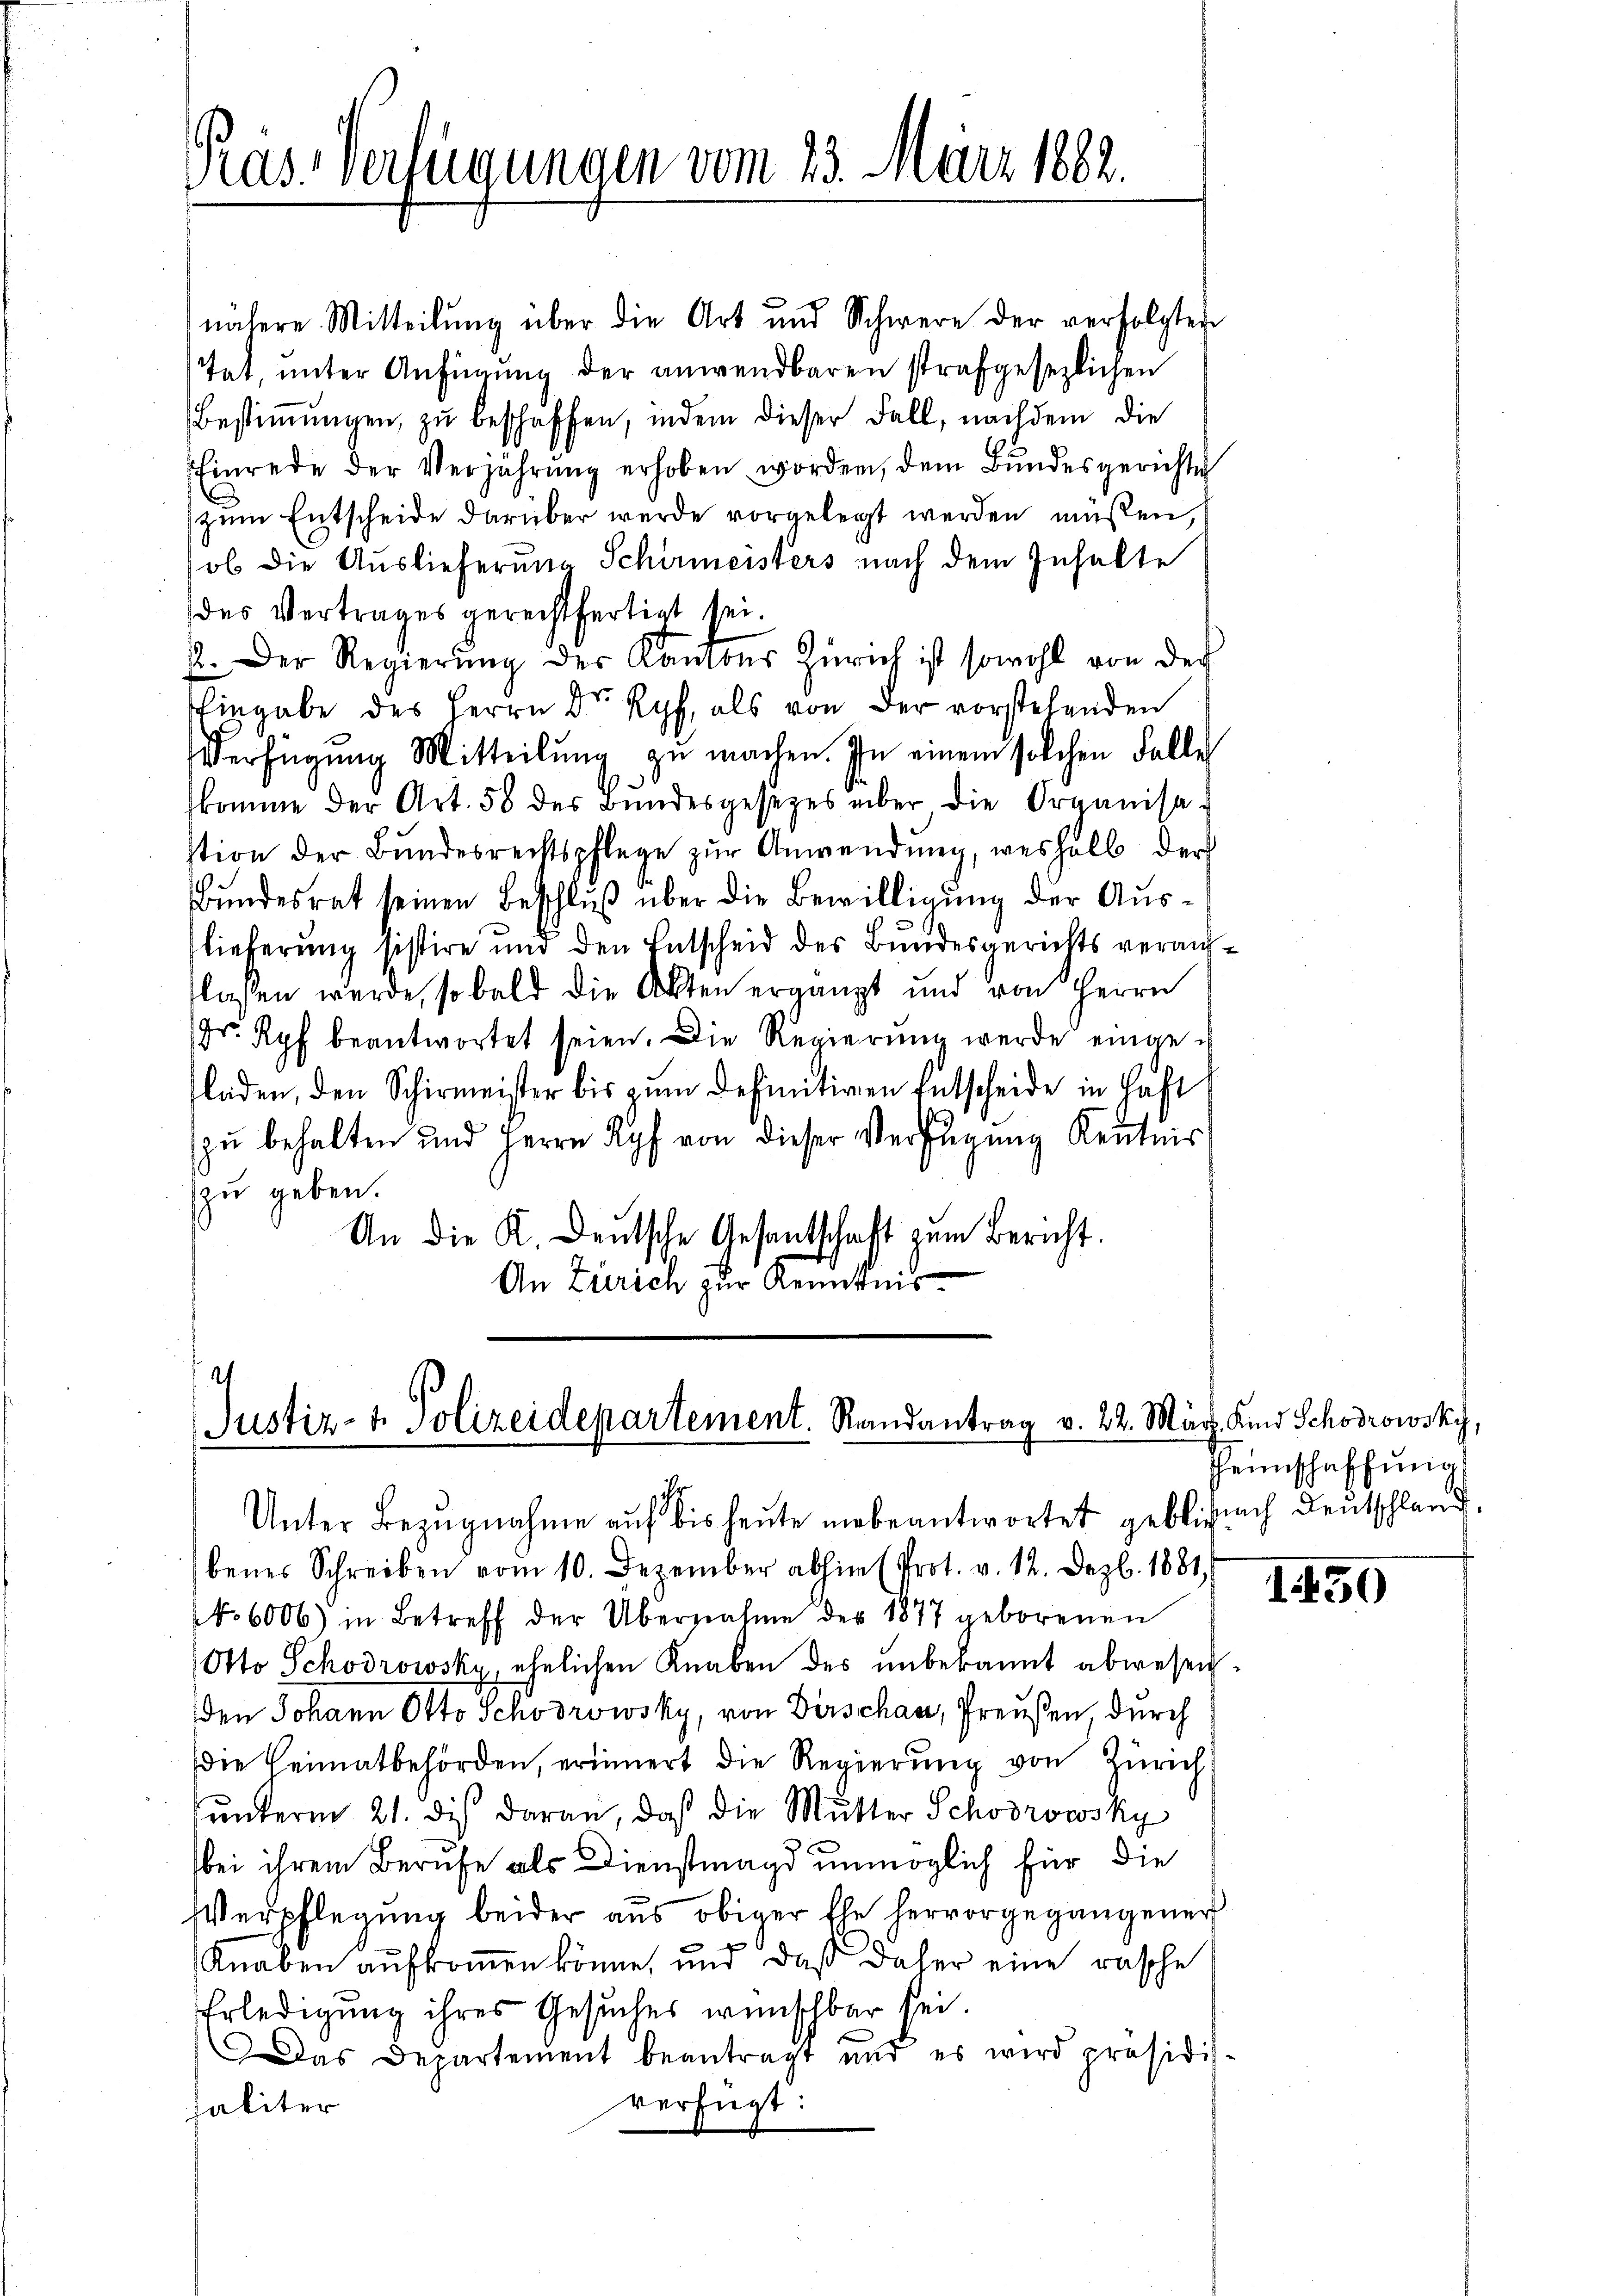
Pras-Verfügungen vom 23. März 1882.

nähere Mitteilung über die Art und Schwere der verfolgten
tat, unter Anfügung der anwendbaren strafgesezlichen
Bestiṁŭngen, zu beschaffen, indem dieser Fall, nachdem die
Einrede der Verjährŭng erhoben worden, dem Bŭndesgerichte
zŭm Entscheide darüber werde vorgelegt werden müßen,
ob die Auslieferung Schirmeisters nach dem Inhalte
des Vertrages gerechtfertigt sei.
. Der Regierŭng der Kantons Zürich ist sowohl von der
Eingabe des Herrn Dr Ryf, als von der vorstehenden
Verfügŭng Mitteilŭng zu machen. In einem solchen Falle
skomme der Art. 58 der Bŭndesgesezes über die Organisastion der Bŭndesrechtspflege zŭr Anwendŭng, weshalb der
Bundesrat seinen Beschluß über die Bewilligung der Auslieferung sistire und den Entscheid des Bundesgerichts verantlassen werde, so bald die Akten ergänzt und von Herrn
Dr. Ryf beantwortet seien. Die Regierung werde eingeladen, den Schirmeister bis zum Definitiven Entscheide in Haft
zu behalten und Herrn Kopf von dieser Verfügung Kenntnis
zu geben.
An die K. Deutsche Gesantschaft zum Bericht.
An Zürich zur Kenntnis

4
Justiz- & Polizeidepartement. Randantrag v. 22. März. Kind Schorowsky,
ihr

Unter Bezŭgnahme aŭf bis heute unbeantwortet geblibach Deutschland.
benes Schreiben vom 10. Dezember abhin (Prot. v. 12. Dez. 1881
. 6006) in Betreff der Übernahme des 1877 geborenen
Otto Schodrowsky, ehelichen Knaben des unbekannt abwesen.
den Johann Otto Schödrowsky, von Dirschau, Preußen durch
die Heimatbehörden, erinnert die Regierŭng von Zürich
ŭnterm 21. des daran, daß die Mutter Schorowsky
bei ihrem Berufe als Dienstmagd unmöglich für die
Verpflegung beider aus obiger Ehe hervorgegangener
Knaben aufkommen könne, und daß daher eine rasche
Erledigung ihres Gesuches wünschbar sei.
Das Departement beantragt und es wird präsidis-
verfügt:
saliter

Heimschaffung

1450